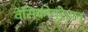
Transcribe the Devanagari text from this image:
वेसिकोयूरेटल